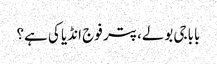
باباجی بولے، پتر فوج انڈیا کی ہے؟